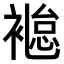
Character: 𧜐